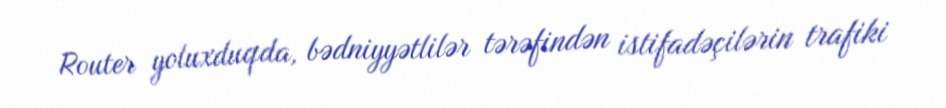
Router yoluxduqda, bədniyyətlilər tərəfindən istifadəçilərin trafiki